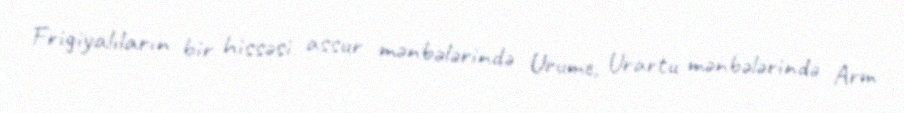
Frigiyalıların bir hissəsi assur mənbələrində Urume, Urartu mənbələrində Arm